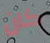
كان